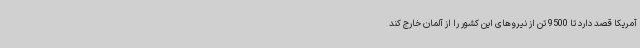
آمریکا قصد دارد تا 9500 تن از نیروهای این کشور را از آلمان خارج کند